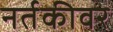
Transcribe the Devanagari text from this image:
नर्तकीवर